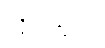
လိုင်းသည်